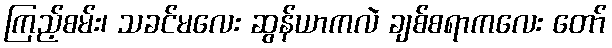
ကြည့်စမ်း၊ သခင်မလေး ဆွန်ယာကလဲ ချစ်စရာကလေး တော်